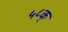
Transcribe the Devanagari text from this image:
५८क्